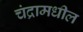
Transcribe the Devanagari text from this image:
चंद्रामधील